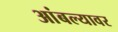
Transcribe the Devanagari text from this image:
आंबल्यावर